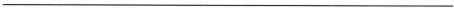
___